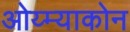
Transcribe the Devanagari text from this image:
ओय्म्याकोन